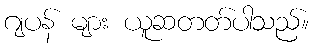
ဂျပန် များ ယူဆတတ်ပါသည်။